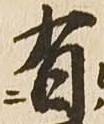
有